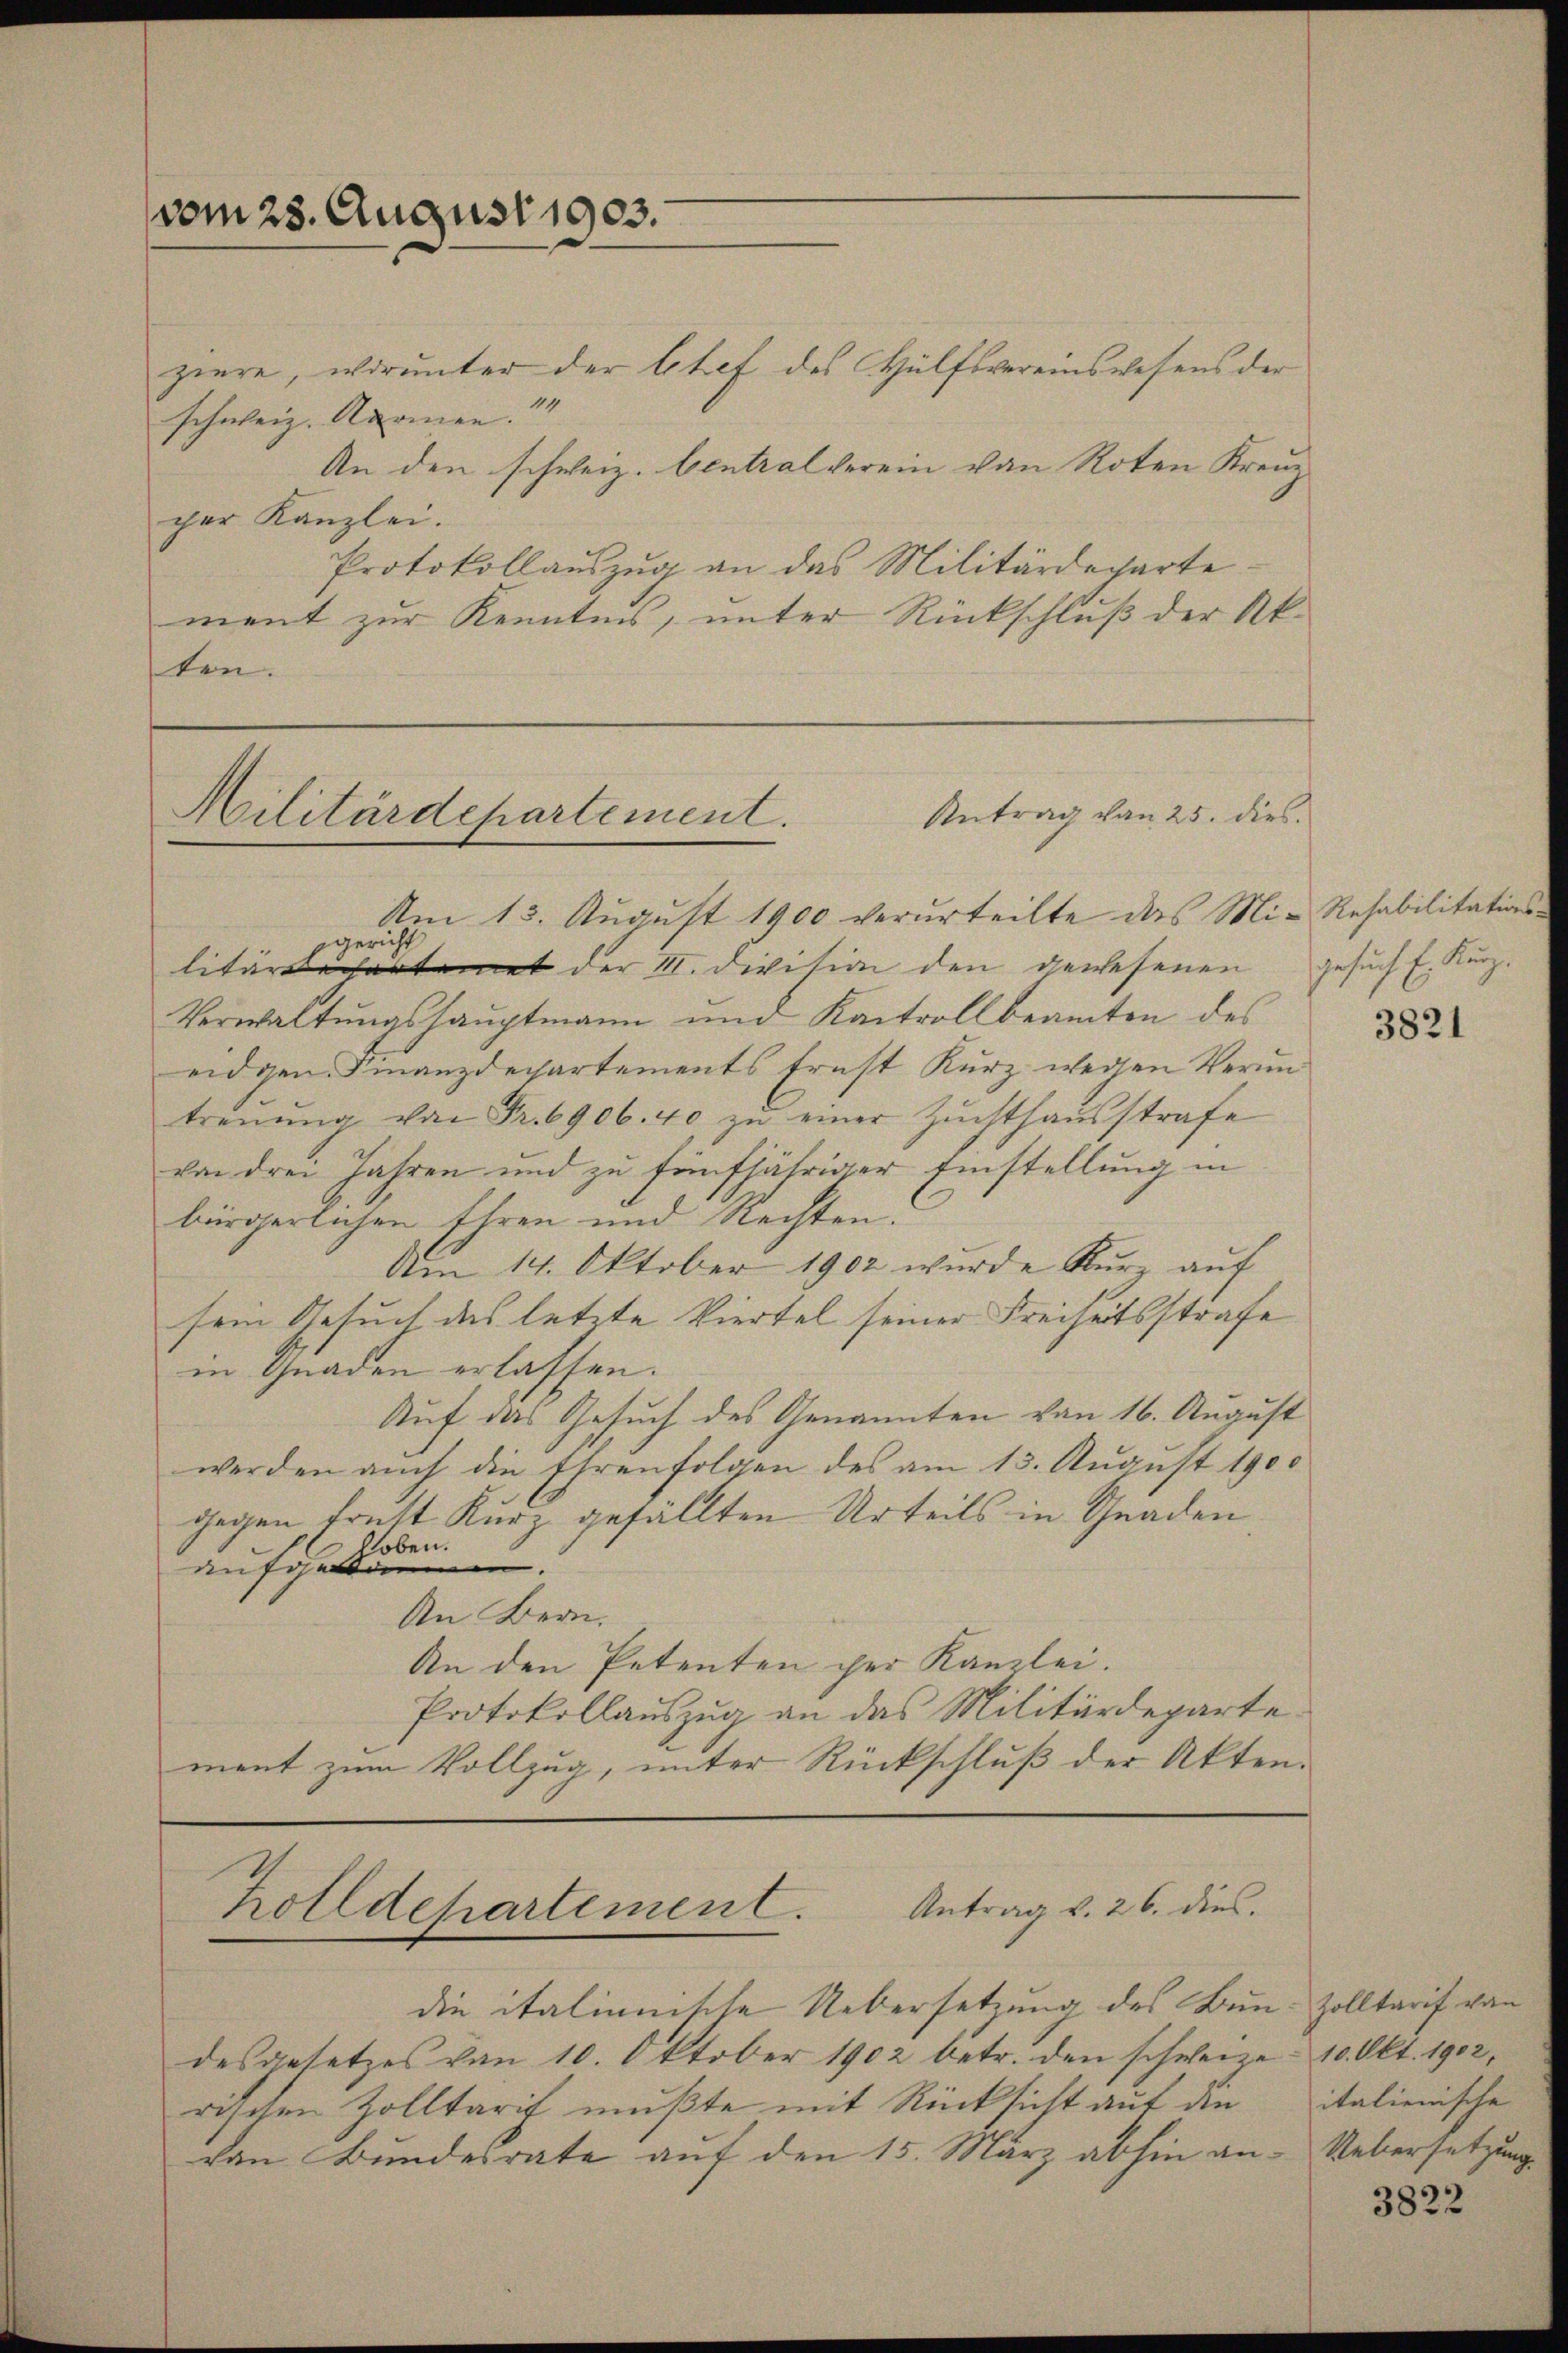
vom 28. August 1903.

Antrag von 25. dies
Militärdepartement.
.

ziere, worunter der Chef des Hülfsvereinswesens der
schweiz. Anomen.
An den schweiz. Central verein von Roten Kreuz
ger Kanzlei.
Protokollaŭszŭg an das Militärdeparte
meint zur Kenntnis, unter Rückschluß der Akten.

Zolldepartement. Antrag v. 26. dies

die italienische Uebersetzung des Bun-Zolltarif von
desgesetzes von 10. Oktober 1902 betr. den schweize- 10. Okt. 1902,
rischen Zolltarif mußte mit Rücksicht auf die
von Bundesrate auf den 15. März abhin an- Uebersetzung

Am 13. August 1900 verurteilte das Mi- Resabilitationsgericht
litärdechartement der III. Division den gewesenen Gesuch E. Kurz.
Verwaltungshauptmann und Kantrollbeamten des
eidgen. Finanzdepartements frast Kurz wegen Veruntrenŭng von Fr. 6906. 40 zŭ einer Zŭchthaŭsstrafe
von drei Jahren und zu fünfjähriger Einstellung in
bürgerlichen Ehren und Rechten.
Am 14. Oktober 1902 wurde Kurz auf
sein Gesuch des letzte Viertel seiner Freiheitsstrafe
in Gnaden erlassen.
Auf das Gesuch des Genannten von 16. August
werden auch die Ehrenfolgen des am 13. August 1900
gegen traft Kurz gefällten Urteils in Gnaden,
hoben.
aufge
An Bern.
An den Petenten der Kanzlei.
Protokollauszug an das Militärdepartement zum Vollzug, unter Rückschluß der Akten.

3821

italienische

3822